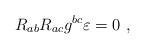
LaTeX: \begin{align*} R_{ab} R_{ac} g^{bc} \varepsilon = 0~,\end{align*}